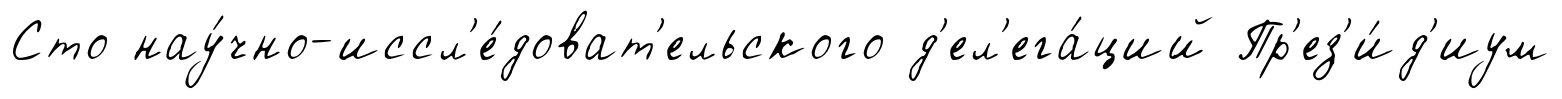
Сто нау́чно-иссл'е́доват'ельского д'ел'ега́ций Пр'ез'и́д'иум